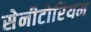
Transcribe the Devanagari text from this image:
सेनीटोरियम